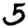
Digit: 5